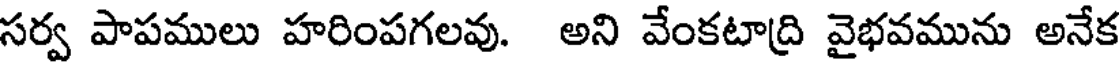
సర్వ పాపములు హరింపగలవు. అని వేంకటాద్రి వైభవమును అనేక